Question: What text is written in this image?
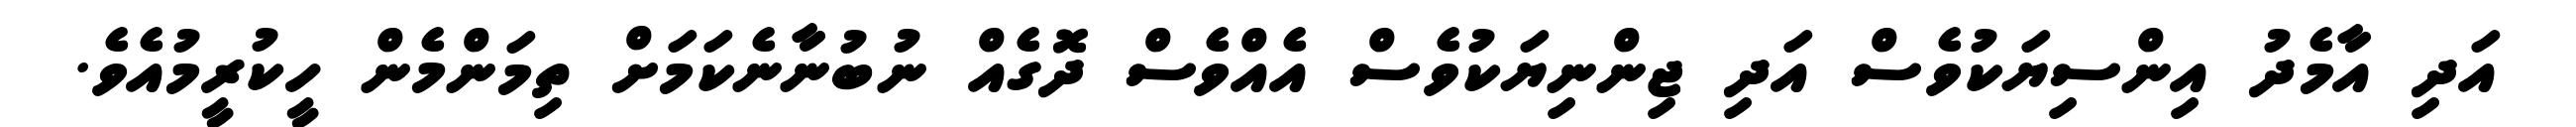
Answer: އަދި އާމެދު އިންސިޔަކުވެސް އަދި ޖިންނިޔަކުވެސް އެއްވެސް ދޮގެއް ނުބުނާނެކަމަށް ތިމަންމެން ހީކުރީމުއެވެ.